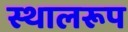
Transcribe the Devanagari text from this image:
स्थालरूप